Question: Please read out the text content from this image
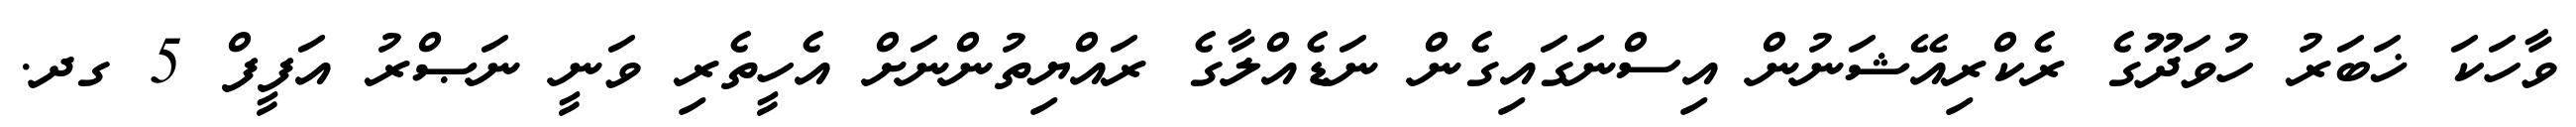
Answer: ވާހަކަ ޚަބަރު ހުވަދޫގެ ރެކްރިއޭޝަނުން އިސްނަގައިގެން ނަޑެއްލާގެ ރައްޔިތުންނަށް އެހީތެރި ވަނީ ނަޞްރު އަފީފް 5 ގދ.